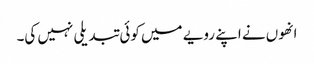
انھوں نے اپنے رویے میں کوئی تبدیلی نہیں کی۔